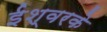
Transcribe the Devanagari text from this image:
ईश्वरके